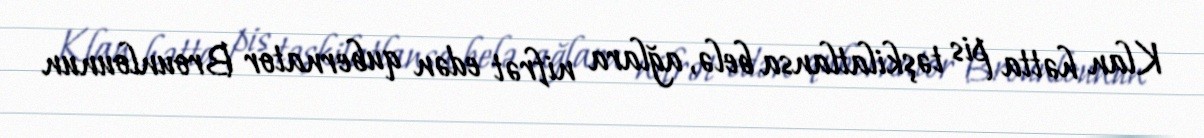
Klan hətta pis təşkilatlansa belə, ağlara nifrət edən qubernator Brounlounun